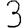
Digit: 3